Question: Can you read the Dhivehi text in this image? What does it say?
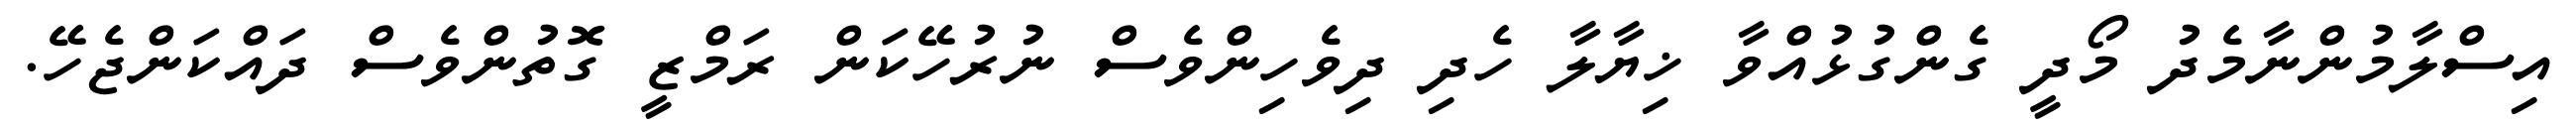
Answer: އިސްލާމުންނާމެދު މޯދީ ގެންގުޅުއްވާ ޚިޔާލާ ހެދި ދިވެހިންވެސް ނުރުހޭކަން ރަމްޒީ ގޮތުންވެސް ދައްކަންޖެހޭ.